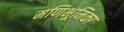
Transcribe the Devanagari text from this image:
मणिभूमिका